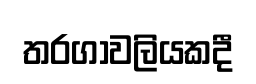
තරගාවලියකදී